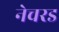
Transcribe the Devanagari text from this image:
नेचरड